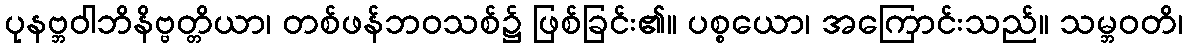
ပုနဗ္ဘဝါဘိနိဗ္ဗတ္တိယာ၊ တစ်ဖန်ဘဝသစ်၌ ဖြစ်ခြင်း၏။ ပစ္စယော၊ အကြောင်းသည်။ သမ္ဘဝတိ၊